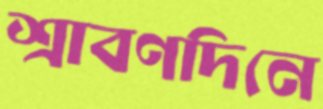
শ্রাবণদিনে